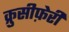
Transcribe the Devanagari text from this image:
क्रुसीफ़ेरी